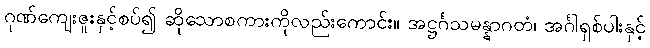
ဂုဏ်ကျေးဇူးနှင့်စပ်၍ ဆိုသောစကားကိုလည်းကောင်း။ အဋ္ဌင်္ဂသမန္နာဂတံ၊ အင်္ဂါရှစ်ပါးနှင့်